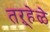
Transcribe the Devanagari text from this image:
तऱ्हेळे